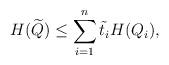
LaTeX: \begin{align*} H(\widetilde{Q}) \le \sum_{i=1}^{n} \tilde{t}_i H(Q_i),\end{align*}